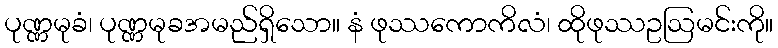
ပုဏ္ဏမုခံ၊ ပုဏ္ဏမုခအမည်ရှိသော။ နံ ဖုဿကောကိလံ၊ ထိုဖုဿဥဩမင်းကို။